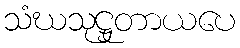
သံဃသုဋ္ဌုတာယပေ